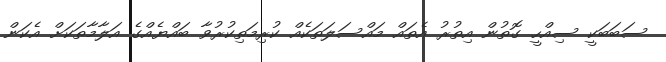
ސަބަބަކީ ސިއްހީ ގޮތުން އިތުރު އެތައް މައްސަލަތަކެއް ކުރިމަތިކުރުވާ ބައްޔެއްގެ އަލާމާތަކަށް އެކަން